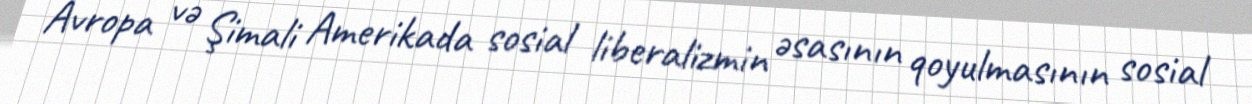
Avropa və Şimali Amerikada sosial liberalizmin əsasının qoyulmasının sosial